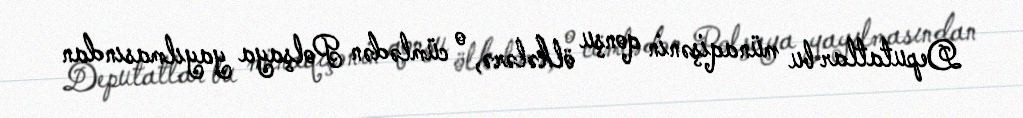
Deputatlar bu münaqişənin qonşu ölkələrə, o cümlədən Polşaya yayılmasından